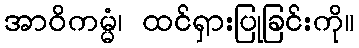
အာဝိကမ္မံ၊ ထင်ရှားပြုခြင်းကို။